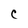
Character: C